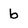
Character: b